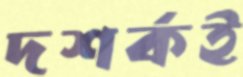
দশর্কই